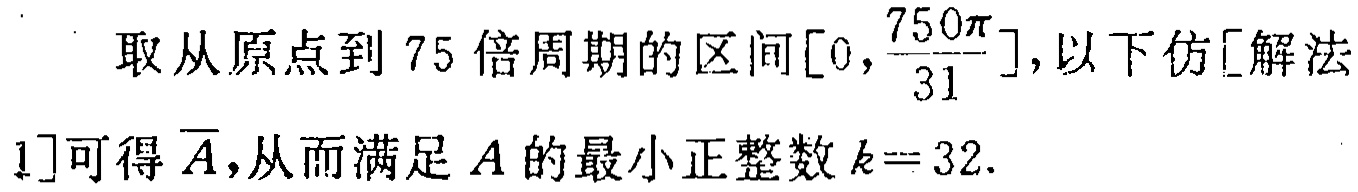
取从原点到 75 倍周期的区间\([0,\frac{750\pi}{31}]\)，以下仿[解法1]可得\(\overline{A}\)，从而满足\(A\)的最小正整数\(k = 32\).